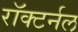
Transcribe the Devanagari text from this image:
रॉक्टर्नल